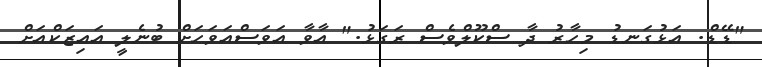
"ޑޭޑް. އަޅުގަނޑު މިހާރު ދާ ސްކޫލްވެސް ރަގަޅު." އާވާ އަވަސްއަވަހަށް ބުނެލީ އައިޒަކްއަށް